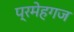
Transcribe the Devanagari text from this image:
प्रमेहगज